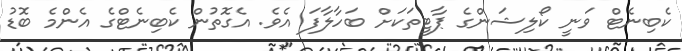
ކެބިނެޓް ވަނީ ކޯލިޝަންގެ ޕާޓީތަކަށް ބަހާލާފަ އެވެ. އެގޮތުން ކެބިނެޓްގެ އެންމެ ބޮޑު